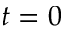
t = 0